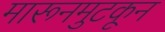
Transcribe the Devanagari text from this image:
मारूनमुटकून